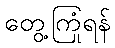
တွေ့ကြုံရန်